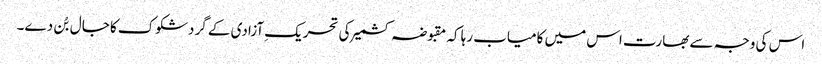
اس کی وجہ سے بھارت اس میں کامیاب رہا کہ مقبوضہ کشمیر کی تحریکِ آزادی کے گردشکوک کا جال بُن دے۔